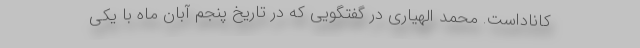
کاناداست. محمد الهیاری در گفتگویی که در تاریخ پنجم آبان ماه با یکی